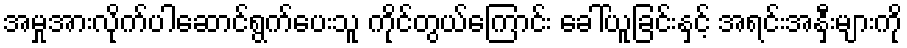
အမှုအားလိုက်ပါဆောင်ရွက်ပေးသူ ကိုင်တွယ်ကြောင်း ခေါ်ယူခြင်းနှင့် အရင်းအနှီးများကို